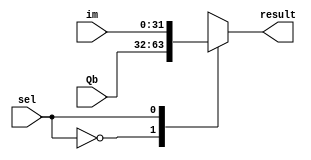
//mux 2 to 1 for ALU

module mux2x32(
    input   wire [31:0] Qb,//R-type
    input   wire [31:0] im,//I-type
    input   wire        sel,
    output  reg [31:0]  result
);
    always @(*) begin
        case (sel)
            1'b0: result = Qb;
            1'b1: result = im;
            default: result = Qb;
        endcase
    end

endmodule